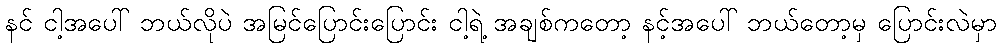
နင် ငါ့အပေါ် ဘယ်လိုပဲ အမြင်ပြောင်းပြောင်း ငါ့ရဲ့ အချစ်ကတော့ နင့်အပေါ် ဘယ်တော့မှ ပြောင်းလဲမှာ